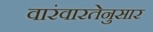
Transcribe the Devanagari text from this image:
वारंवारतेनुसार